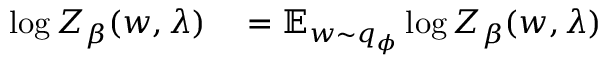
\begin{array} { r l } { \log Z _ { \beta } ( w , \lambda ) } & { { } = \operatorname { \mathbb { E } } _ { w \sim q _ { \phi } } \log Z _ { \beta } ( w , \lambda ) } \end{array}